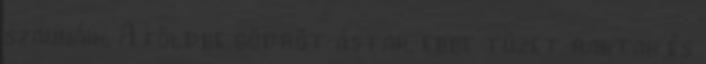
szaunáik. A földbe gödröt ástak, ebbe tüzet raktak és